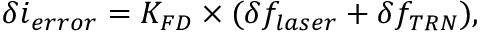
\delta i _ { e r r o r } = K _ { F D } \times ( \delta f _ { l a s e r } + \delta f _ { T R N } ) ,